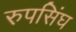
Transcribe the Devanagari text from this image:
रुपसिंघ